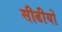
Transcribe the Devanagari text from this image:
सीढीयों